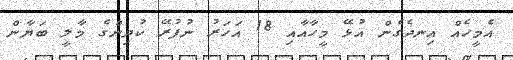
އެމީހެއް އިނދެގެން އުޅޭ މީހާއާއި 18 އަހަރު ނުފުރޭ ކުދިންގެ މާލީ ބަޔާން